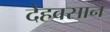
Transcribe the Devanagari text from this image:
देहवसान